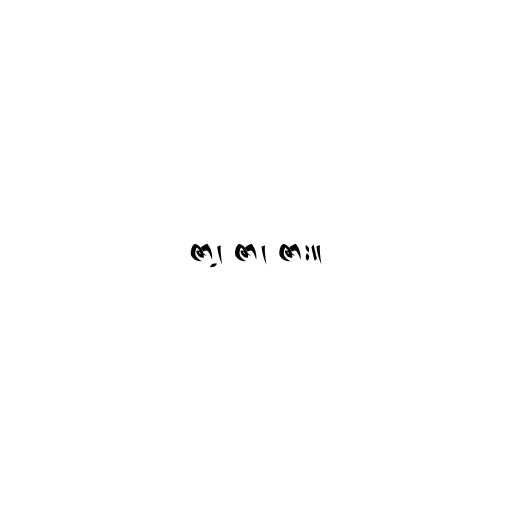
ဇာ့၊ ဇာ၊ ဇား။